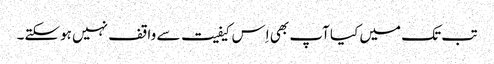
تب تک میں کیا آپ بھی اِس کیفیت سے واقف نہیں ہوسکتے۔